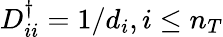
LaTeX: D_{ii}^{\dagger}=1/d_{i},i\le n_{T}